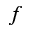
f